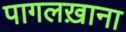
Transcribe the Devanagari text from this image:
पागलख़ाना